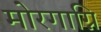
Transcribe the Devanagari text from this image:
मोरगाग्नि